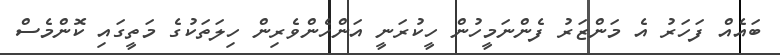
ބައެއް ފަހަރު އެ މަންޒަރު ފެންނަމީހުން ހީކުރަނީ އަންހެންވެރިން ހިލަތަކުގެ މަތީގައި ކޮންމެސް